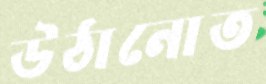
উঠানোত